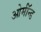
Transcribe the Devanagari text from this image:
ओर्मॉन्ड